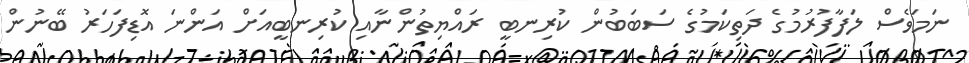
ނަމަވެސް ލަފާފުރުމުގެ ދަތިކަމުގެ ސަބަބުން ކުރިނބީ ރައްޔިތުންނާއި ކުރިނބީއަށް އަންނަ އޮޑިފަހަރު ބޭނުން